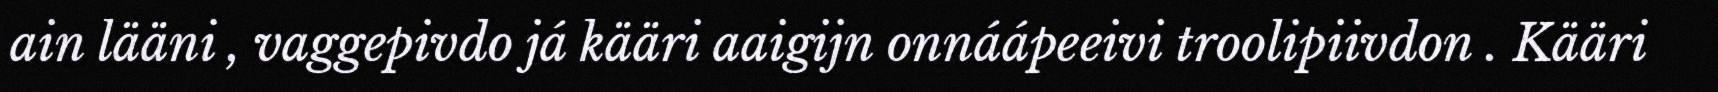
ain lääni , vaggepivdo já kääri aaigijn onnáápeeivi troolipiivdon . Kääri